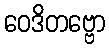
ဝေဒိတဗ္ဗော